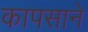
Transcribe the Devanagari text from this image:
कापसाने